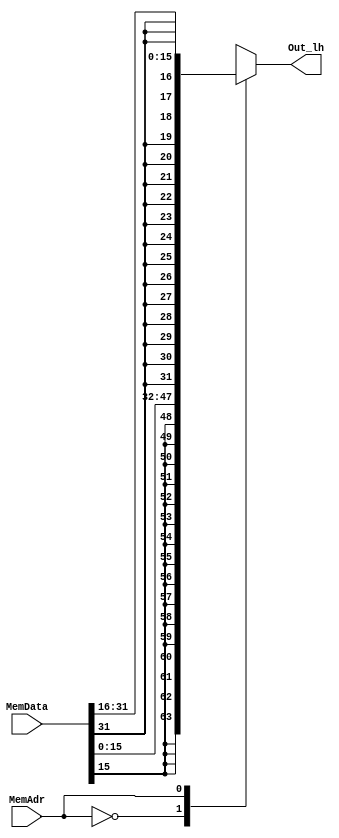
`timescale 1ns / 1ps

module LoadHalf(MemAdr, MemData, Out_lh);
    input [31:0]MemData;
    input MemAdr; //this will tell us whether to store to LS or MS halfword of memory
    output reg [31:0] Out_lh;
    
    always @ (*) begin
       case (MemAdr)
           1'b0: begin //write MemData[15:0] to register
               Out_lh = {{16{MemData[15]}}, MemData[15:0]}; end
           1'b1: begin //write MemData[31:16] to register
               Out_lh = { {16{MemData[31]}}, MemData[31:16]}; end
        endcase
    end
endmodule